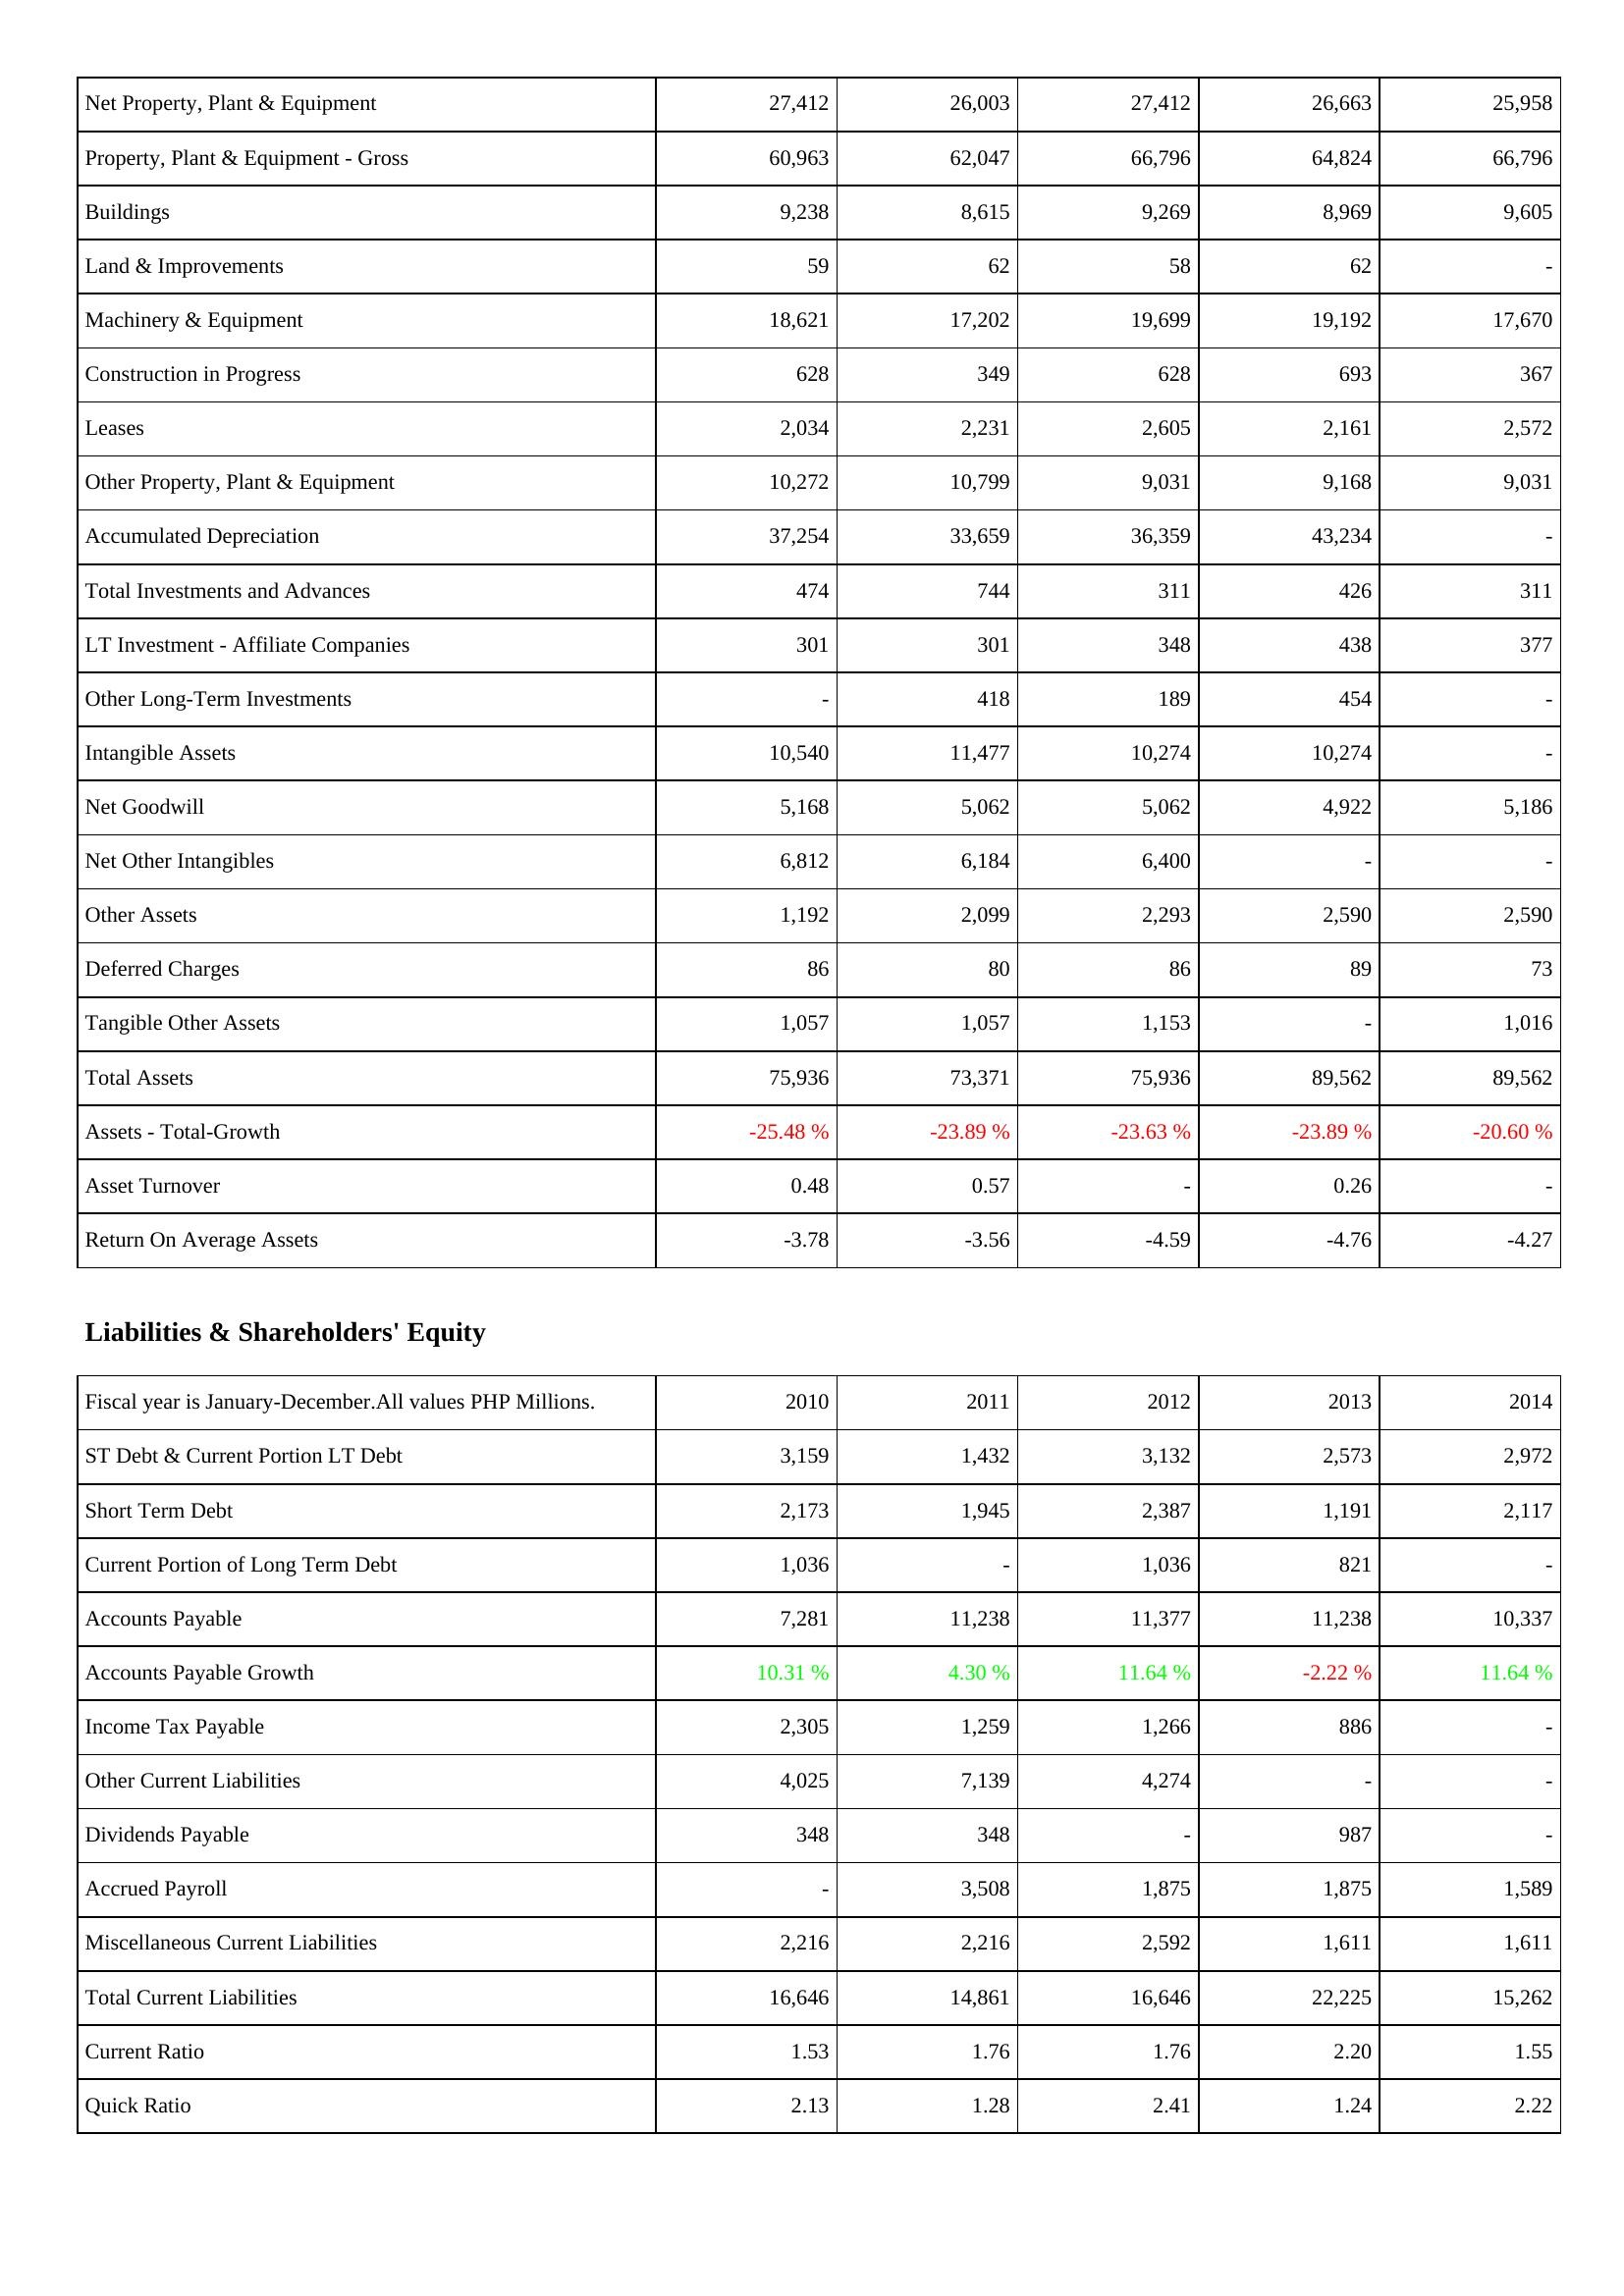
2010: Assets: Net Property, Plant & Equipment: 27,412
Property, Plant & Equipment - Gross: 60,963
Buildings: 9,238
Land & Improvements: 59
Machinery & Equipment: 18,621
Construction in Progress: 628
Leases: 2,034
Other Property, Plant & Equipment: 10,272
Accumulated Depreciation: 37,254
Total Investments and Advances: 474
LT Investment - Affiliate Companies: 301
Other Long-Term Investments: -
Intangible Assets: 10,540
Net Goodwill: 5,168
Net Other Intangibles: 6,812
Other Assets: 1,192
Deferred Charges: 86
Tangible Other Assets: 1,057
Total Assets: 75,936
Assets - Total-Growth: -25.48 %
Asset Turnover: 0.48
Return On Average Assets: -3.78
Liabilities & Shareholders' Equity: ST Debt & Current Portion LT Debt: 3,159
Short Term Debt: 2,173
Current Portion of Long Term Debt: 1,036
Accounts Payable: 7,281
Accounts Payable Growth: 10.31 %
Income Tax Payable: 2,305
Other Current Liabilities: 4,025
Dividends Payable: 348
Accrued Payroll: -
Miscellaneous Current Liabilities: 2,216
Total Current Liabilities: 16,646
Current Ratio: 1.53
Quick Ratio: 2.13
2011: Assets: Net Property, Plant & Equipment: 26,003
Property, Plant & Equipment - Gross: 62,047
Buildings: 8,615
Land & Improvements: 62
Machinery & Equipment: 17,202
Construction in Progress: 349
Leases: 2,231
Other Property, Plant & Equipment: 10,799
Accumulated Depreciation: 33,659
Total Investments and Advances: 744
LT Investment - Affiliate Companies: 301
Other Long-Term Investments: 418
Intangible Assets: 11,477
Net Goodwill: 5,062
Net Other Intangibles: 6,184
Other Assets: 2,099
Deferred Charges: 80
Tangible Other Assets: 1,057
Total Assets: 73,371
Assets - Total-Growth: -23.89 %
Asset Turnover: 0.57
Return On Average Assets: -3.56
Liabilities & Shareholders' Equity: ST Debt & Current Portion LT Debt: 1,432
Short Term Debt: 1,945
Current Portion of Long Term Debt: -
Accounts Payable: 11,238
Accounts Payable Growth: 4.30 %
Income Tax Payable: 1,259
Other Current Liabilities: 7,139
Dividends Payable: 348
Accrued Payroll: 3,508
Miscellaneous Current Liabilities: 2,216
Total Current Liabilities: 14,861
Current Ratio: 1.76
Quick Ratio: 1.28
2012: Assets: Net Property, Plant & Equipment: 27,412
Property, Plant & Equipment - Gross: 66,796
Buildings: 9,269
Land & Improvements: 58
Machinery & Equipment: 19,699
Construction in Progress: 628
Leases: 2,605
Other Property, Plant & Equipment: 9,031
Accumulated Depreciation: 36,359
Total Investments and Advances: 311
LT Investment - Affiliate Companies: 348
Other Long-Term Investments: 189
Intangible Assets: 10,274
Net Goodwill: 5,062
Net Other Intangibles: 6,400
Other Assets: 2,293
Deferred Charges: 86
Tangible Other Assets: 1,153
Total Assets: 75,936
Assets - Total-Growth: -23.63 %
Asset Turnover: -
Return On Average Assets: -4.59
Liabilities & Shareholders' Equity: ST Debt & Current Portion LT Debt: 3,132
Short Term Debt: 2,387
Current Portion of Long Term Debt: 1,036
Accounts Payable: 11,377
Accounts Payable Growth: 11.64 %
Income Tax Payable: 1,266
Other Current Liabilities: 4,274
Dividends Payable: -
Accrued Payroll: 1,875
Miscellaneous Current Liabilities: 2,592
Total Current Liabilities: 16,646
Current Ratio: 1.76
Quick Ratio: 2.41
2013: Assets: Net Property, Plant & Equipment: 26,663
Property, Plant & Equipment - Gross: 64,824
Buildings: 8,969
Land & Improvements: 62
Machinery & Equipment: 19,192
Construction in Progress: 693
Leases: 2,161
Other Property, Plant & Equipment: 9,168
Accumulated Depreciation: 43,234
Total Investments and Advances: 426
LT Investment - Affiliate Companies: 438
Other Long-Term Investments: 454
Intangible Assets: 10,274
Net Goodwill: 4,922
Net Other Intangibles: -
Other Assets: 2,590
Deferred Charges: 89
Tangible Other Assets: -
Total Assets: 89,562
Assets - Total-Growth: -23.89 %
Asset Turnover: 0.26
Return On Average Assets: -4.76
Liabilities & Shareholders' Equity: ST Debt & Current Portion LT Debt: 2,573
Short Term Debt: 1,191
Current Portion of Long Term Debt: 821
Accounts Payable: 11,238
Accounts Payable Growth: -2.22 %
Income Tax Payable: 886
Other Current Liabilities: -
Dividends Payable: 987
Accrued Payroll: 1,875
Miscellaneous Current Liabilities: 1,611
Total Current Liabilities: 22,225
Current Ratio: 2.20
Quick Ratio: 1.24
2014: Assets: Net Property, Plant & Equipment: 25,958
Property, Plant & Equipment - Gross: 66,796
Buildings: 9,605
Land & Improvements: -
Machinery & Equipment: 17,670
Construction in Progress: 367
Leases: 2,572
Other Property, Plant & Equipment: 9,031
Accumulated Depreciation: -
Total Investments and Advances: 311
LT Investment - Affiliate Companies: 377
Other Long-Term Investments: -
Intangible Assets: -
Net Goodwill: 5,186
Net Other Intangibles: -
Other Assets: 2,590
Deferred Charges: 73
Tangible Other Assets: 1,016
Total Assets: 89,562
Assets - Total-Growth: -20.60 %
Asset Turnover: -
Return On Average Assets: -4.27
Liabilities & Shareholders' Equity: ST Debt & Current Portion LT Debt: 2,972
Short Term Debt: 2,117
Current Portion of Long Term Debt: -
Accounts Payable: 10,337
Accounts Payable Growth: 11.64 %
Income Tax Payable: -
Other Current Liabilities: -
Dividends Payable: -
Accrued Payroll: 1,589
Miscellaneous Current Liabilities: 1,611
Total Current Liabilities: 15,262
Current Ratio: 1.55
Quick Ratio: 2.22